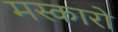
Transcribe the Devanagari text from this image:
मस्कारो